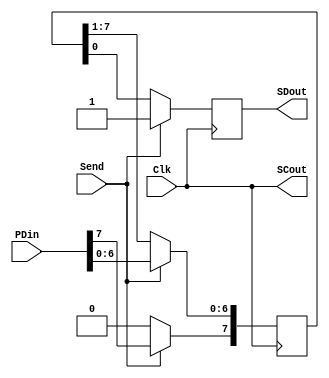
module transmitter(Clk,Send,PDin,SCout,SDout);  //Tx
	input Clk;
	input Send;   
	input [7:0] PDin;							// Paralel data
	output SCout;
	output SDout;

	reg [7:0] SRreg;							// Shiftregistertostore8-bitparalleldata
	reg Serial_out;								// Transmission condition

	always @(posedge Clk)
		begin
			if (Send)			
				begin
					Serial_out <= 1'b1;			// starting condition				
					SRreg [7:0] <= PDin [7:0];	// Storing data
				end
			else  								// Paralel to Serial transmission
				begin
					Serial_out <= SRreg[0];		// MSB first
					SRreg[6:0] <= SRreg[7:1];	// shifting
					SRreg[7] <= 1'b0;			// clear LSB
				end
		end
 
	assign SCout = Clk; 						
	assign SDout = Serial_out; 					//Transmitting to Serial data 
 
endmodule